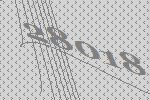
28018